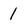
Character: 1